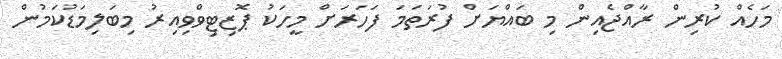
މަހެއް ކުރިން ރާއްޖެއިން މި ބައްޔަށް ފުރަތަމަ ފަހަރަށް މީހަކު ޕޮޒިޓިވްވިއިރު މިބަލިމަޑުކަމުން